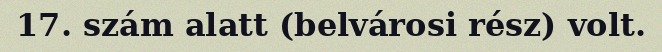
17. szám alatt (belvárosi rész) volt.